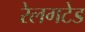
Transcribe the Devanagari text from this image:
रेलगटेड